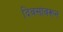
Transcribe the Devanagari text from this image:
दिवसांवरून